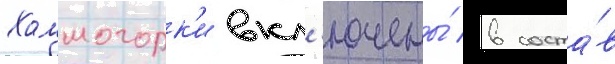
Холмогорк'и вкл'ючены́ в соста́в